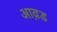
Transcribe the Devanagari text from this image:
आव़ड